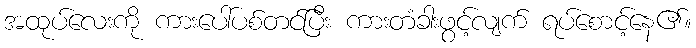
အထုပ်လေးကို ကားပေါ်ပစ်တင်ပြီး ကားတံခါးဖွင့်လျက် ရပ်စောင့်နေ၏။